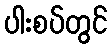
ပါးစပ်တွင်